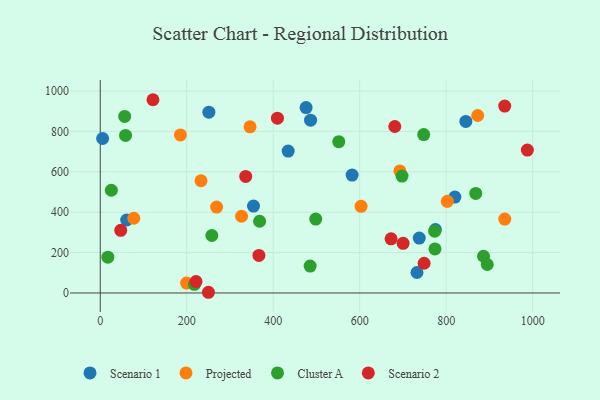
{"axis": {"x": "Engine Size", "y": "Demand"}, "legend": ["Cluster A", "Projected", "Scenario 1", "Scenario 2"], "data": [{"x": "5.5", "y": 764.8, "type": "Scenario 1"}, {"x": "820.1", "y": 474.6, "type": "Scenario 1"}, {"x": "434.6", "y": 702.4, "type": "Scenario 1"}, {"x": "476.1", "y": 918.1, "type": "Scenario 1"}, {"x": "732.5", "y": 101.5, "type": "Scenario 1"}, {"x": "486.4", "y": 855.7, "type": "Scenario 1"}, {"x": "737.8", "y": 271.7, "type": "Scenario 1"}, {"x": "354.4", "y": 430.2, "type": "Scenario 1"}, {"x": "845.5", "y": 849.6, "type": "Scenario 1"}, {"x": "775.1", "y": 313.7, "type": "Scenario 1"}, {"x": "251.2", "y": 895.3, "type": "Scenario 1"}, {"x": "61.1", "y": 361.3, "type": "Scenario 1"}, {"x": "582.5", "y": 583.7, "type": "Scenario 1"}, {"x": "326.8", "y": 379.8, "type": "Projected"}, {"x": "346.4", "y": 822.5, "type": "Projected"}, {"x": "269.1", "y": 425.5, "type": "Projected"}, {"x": "935.5", "y": 366.1, "type": "Projected"}, {"x": "692.9", "y": 604.4, "type": "Projected"}, {"x": "199.7", "y": 49.1, "type": "Projected"}, {"x": "872.9", "y": 878.8, "type": "Projected"}, {"x": "603.2", "y": 429.2, "type": "Projected"}, {"x": "802.6", "y": 453.6, "type": "Projected"}, {"x": "185.4", "y": 782.3, "type": "Projected"}, {"x": "77.6", "y": 370.0, "type": "Projected"}, {"x": "233.0", "y": 555.6, "type": "Projected"}, {"x": "773.4", "y": 306.2, "type": "Cluster A"}, {"x": "25.7", "y": 508.5, "type": "Cluster A"}, {"x": "774.1", "y": 218.3, "type": "Cluster A"}, {"x": "868.4", "y": 493.0, "type": "Cluster A"}, {"x": "17.6", "y": 177.4, "type": "Cluster A"}, {"x": "886.4", "y": 181.9, "type": "Cluster A"}, {"x": "368.5", "y": 355.2, "type": "Cluster A"}, {"x": "217.7", "y": 42.7, "type": "Cluster A"}, {"x": "56.5", "y": 874.3, "type": "Cluster A"}, {"x": "748.0", "y": 784.1, "type": "Cluster A"}, {"x": "58.5", "y": 780.1, "type": "Cluster A"}, {"x": "258.1", "y": 284.6, "type": "Cluster A"}, {"x": "485.4", "y": 133.4, "type": "Cluster A"}, {"x": "697.9", "y": 578.6, "type": "Cluster A"}, {"x": "551.6", "y": 749.0, "type": "Cluster A"}, {"x": "498.4", "y": 366.0, "type": "Cluster A"}, {"x": "895.0", "y": 141.0, "type": "Cluster A"}, {"x": "121.9", "y": 956.8, "type": "Scenario 2"}, {"x": "700.4", "y": 245.8, "type": "Scenario 2"}, {"x": "250.2", "y": 3.5, "type": "Scenario 2"}, {"x": "749.0", "y": 147.1, "type": "Scenario 2"}, {"x": "336.4", "y": 577.0, "type": "Scenario 2"}, {"x": "47.4", "y": 310.4, "type": "Scenario 2"}, {"x": "672.6", "y": 268.0, "type": "Scenario 2"}, {"x": "681.2", "y": 824.2, "type": "Scenario 2"}, {"x": "987.8", "y": 707.5, "type": "Scenario 2"}, {"x": "221.5", "y": 56.7, "type": "Scenario 2"}, {"x": "409.8", "y": 865.6, "type": "Scenario 2"}, {"x": "935.4", "y": 925.5, "type": "Scenario 2"}, {"x": "366.9", "y": 186.0, "type": "Scenario 2"}]}